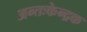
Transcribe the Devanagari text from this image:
अन्तःकेन्द्रक